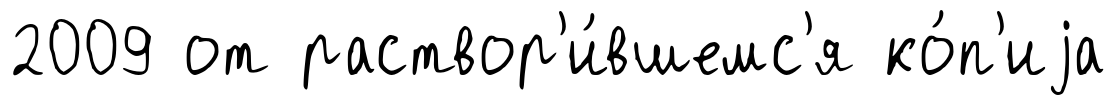
2009 от раствор'и́вшемс'я ко́п'иjа